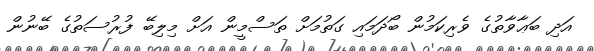
އަދި ބަޢާވާތުގެ ވެރިކަމުން ބޯދަމައި ގަތުމަށް ތަސްމީން އަށް މިލިބޭ ފުރުސަތުގެ ބޭނުން